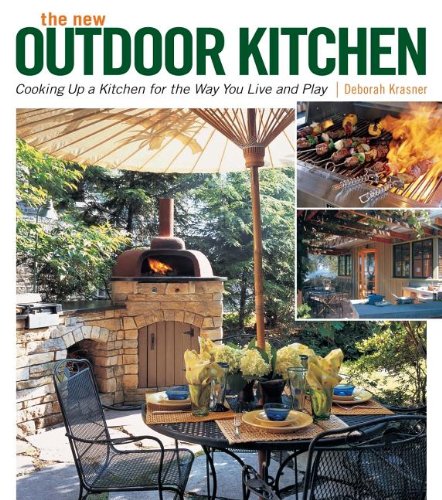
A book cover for The New Outdoor Kitchen: Cooking Up a Kitchen for the Way You Live and Play; Deborah Krasner; Crafts, Hobbies & Home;